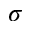
\sigma